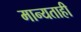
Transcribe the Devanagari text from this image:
मान्यताही